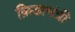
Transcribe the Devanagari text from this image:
क्रिडामंत्री